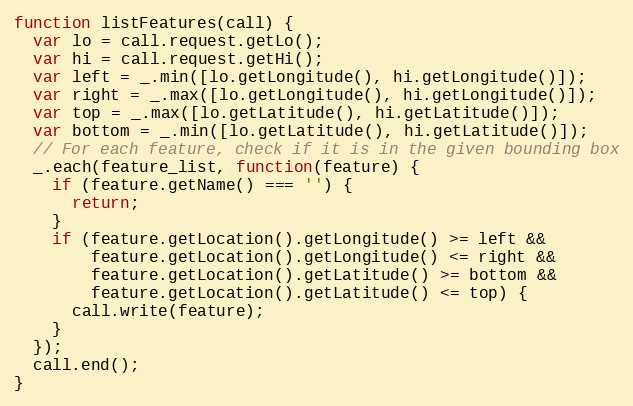
Language: JavaScript
function listFeatures(call) {
  var lo = call.request.getLo();
  var hi = call.request.getHi();
  var left = _.min([lo.getLongitude(), hi.getLongitude()]);
  var right = _.max([lo.getLongitude(), hi.getLongitude()]);
  var top = _.max([lo.getLatitude(), hi.getLatitude()]);
  var bottom = _.min([lo.getLatitude(), hi.getLatitude()]);
  // For each feature, check if it is in the given bounding box
  _.each(feature_list, function(feature) {
    if (feature.getName() === '') {
      return;
    }
    if (feature.getLocation().getLongitude() >= left &&
        feature.getLocation().getLongitude() <= right &&
        feature.getLocation().getLatitude() >= bottom &&
        feature.getLocation().getLatitude() <= top) {
      call.write(feature);
    }
  });
  call.end();
}